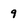
Character: 9